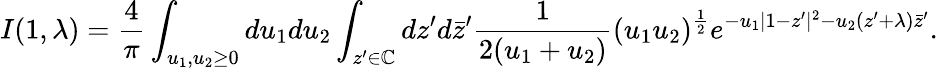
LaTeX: I(1,\lambda)=\frac{4}{\pi}\int_{u_{1},u_{2}\geq 0}du_{1}du_{2}\int_{z^{\prime}\in\mathbb{C}}dz^{\prime}d\bar{z}^{\prime}\frac{1}{2(u_{1}+u_{2})}(u_{1}u_{2})^{\frac{1}{2}}e^{-u_{1}|1-z^{\prime}|^{2}-u_{2}(z^{\prime}+\lambda)\bar{z}^{\prime}}.